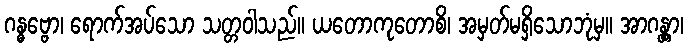
ဂန္ဓဗ္ဗော၊ ရောက်အပ်သော သတ္တဝါသည်။ ယတောကုတောစိ၊ အမှတ်မရှိသောဘုံမှ။ အာဂန္တွာ၊